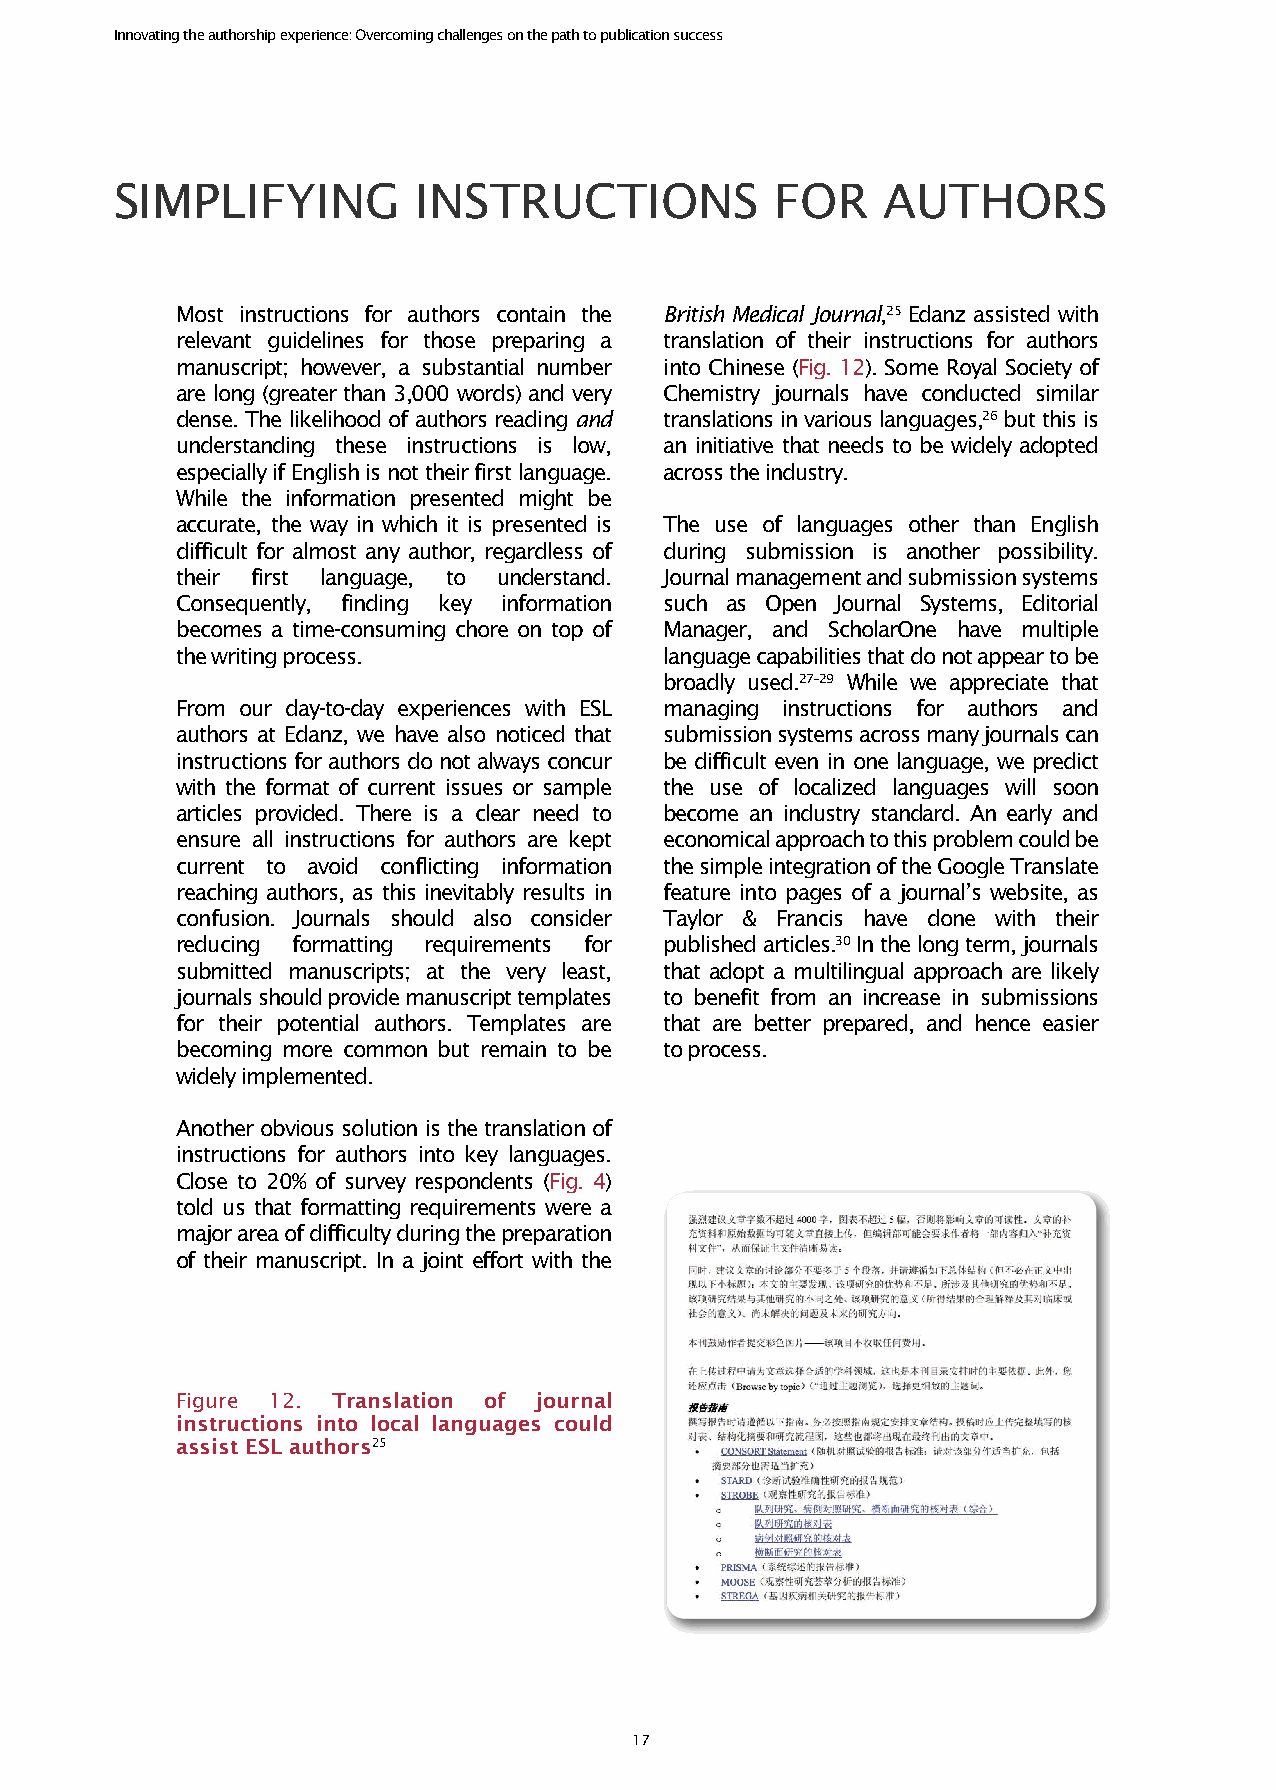
Innovating the authorship experience: Overcoming challenges on the path to publication success
 SIMPLIFYING        INSTRUCTIONS            FOR    AUTHORS
 Most instructions for authors contain the British Medical Journal,25 Edanz assisted with
 relevant guidelines for those preparing a translation of their instructions for authors
 manuscript; however, a substantial number into Chinese (Fig. 12). Some Royal Society of
 are long (greater than 3,000 words) and very Chemistry journals have conducted similar
 dense. The likelihood of authors reading and translations in various languages,26 but this is
 understanding these instructions is low, an initiative that needs to be widely adopted
 especially if English is not their first language. across the industry.
 While the information presented might be
 accurate, the way in which it is presented is The use of languages other than English
 difficult for almost any author, regardless of during submission is another possibility.
 their first language, to understand. Journal management and submission systems
 Consequently, finding key information such as Open Journal Systems, Editorial
 becomes a time-consuming chore on top of Manager, and ScholarOne have multiple
 the writing process.            language capabilities that do not appear to be
 broadly used.27–29 While we appreciate that
 From our day-to-day experiences with ESL managing instructions for authors and
 authors at Edanz, we have also noticed that submission systems across many journals can
 instructions for authors do not always concur be difficult even in one language, we predict
 with the format of current issues or sample the use of localized languages will soon
 articles provided. There is a clear need to become an industry standard. An early and
 ensure all instructions for authors are kept economical approach to this problem could be
 current to avoid conflicting information the simple integration of the Google Translate
 reaching authors, as this inevitably results in feature into pages of a journal’s website, as
 confusion. Journals should also consider Taylor & Francis have done with their
 reducing formatting requirements for published articles.30 In the long term, journals
 submitted manuscripts; at the very least, that adopt a multilingual approach are likely
 journals should provide manuscript templates to benefit from an increase in submissions
 for their potential authors. Templates are that are better prepared, and hence easier
 becoming more common but remain to be to process.
 widely implemented.
 Another obvious solution is the translation of
 instructions for authors into key languages.
 Close to 20% of survey respondents (Fig. 4)
 told us that formatting requirements were a
 major area of difficulty during the preparation
 of their manuscript. In a joint effort with the
 Figure 12. Translation of journal
 instructions into local languages could
 assist ESL authors25
 17